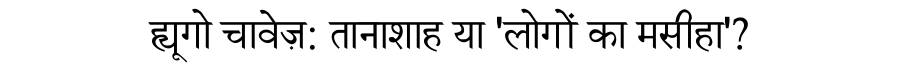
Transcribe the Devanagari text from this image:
ह्यूगो चावेज़: तानाशाह या 'लोगों का मसीहा'?